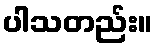
ပါသတည်း။